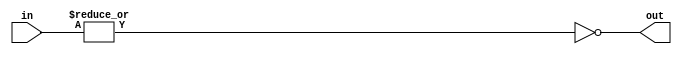
/*

HIGH on 0

a   b   o
---------
0   0   1
0   1   0
1   0   0
1   1   0

*/

module nor_gate #(parameter N = 2) (
    input [N-1:0] in,
    output out
);

    assign out = ~(|in);
    
endmodule